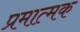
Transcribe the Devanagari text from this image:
प्रमात्मक